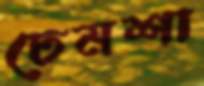
ঢেমশা